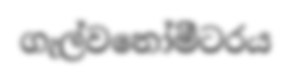
ගැල්වනෝමීටරය